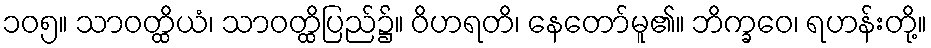
၁၀၅။ သာဝတ္ထိယံ၊ သာဝတ္ထိပြည်၌။ ဝိဟရတိ၊ နေတော်မူ၏။ ဘိက္ခဝေ၊ ရဟန်းတို့။